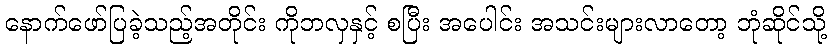
နောက်ဖော်ပြခဲ့သည့်အတိုင်း ကိုဘလှနှင့် စပြီး အပေါင်း အသင်းများလာတော့ ဘုံဆိုင်သို့